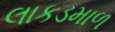
લાકડમાળ